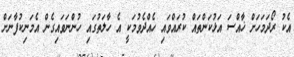
އެކު ރޯދަމަހަށް ޚާއްސަ އަޅުކަންތައް ކުރައްވައި ހެއްދެވުމަކީ އެ ހާލަތުގައި ހުންނަވައިގެން އެމަނިކުފާނަށް